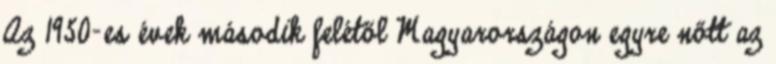
Az 1950-es évek második felétől Magyarországon egyre nőtt az